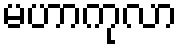
မဟာကုလာ